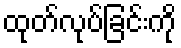
ထုတ်လုပ်ခြင်းကို